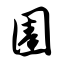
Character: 圊